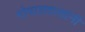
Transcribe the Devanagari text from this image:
गोपालदासांनी